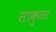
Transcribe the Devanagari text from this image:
साकुळा